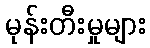
မုန်းတီးမှုများ